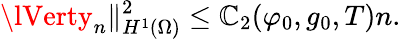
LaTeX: \lVerty_{n}\rVert_{H^{1}(\Omega)}^{2}\leq\mathbb{C}_{2}(\varphi_{0},g_{0},T)n.